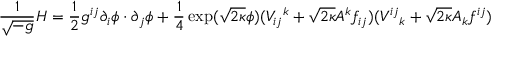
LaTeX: \frac { 1 } { \sqrt { - g } } { \cal H } = \frac { 1 } { 2 } g ^ { i j } \partial _ { i } \phi \cdot \partial _ { j } \phi + \frac { 1 } { 4 } \exp ( \sqrt { 2 \kappa } \phi ) ( V _ { i j } { } ^ { k } + \sqrt { 2 \kappa } A ^ { k } f _ { i j } ) ( V ^ { i j } { } _ { k } + \sqrt { 2 \kappa } A _ { k } f ^ { i j } )